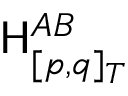
\mathsf { H } _ { [ p , q ] _ { T } } ^ { A B }